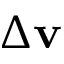
\Delta \mathbf { v }